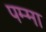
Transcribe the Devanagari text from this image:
पम्मा